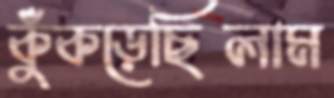
কুঁকড়েছিলাম